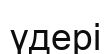
үдері